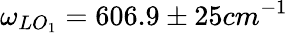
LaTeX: \omega_{LO_{1}}=606.9\pm 25cm^{-1}